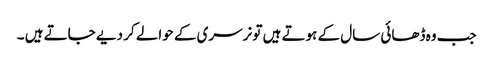
جب وہ ڈھائی سال کے ہوتے ہیں تو نرسری کے حوالے کر دیے جاتے ہیں ۔